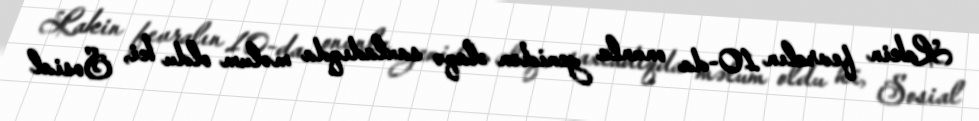
Lakin fevralın 10-da onunla yenidən əlaqə saxladıqda məlum oldu ki, Sosial